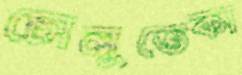
চোলুতেকা